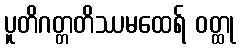
ပူတိဂတ္တတိဿမထေရ် ဝတ္ထု